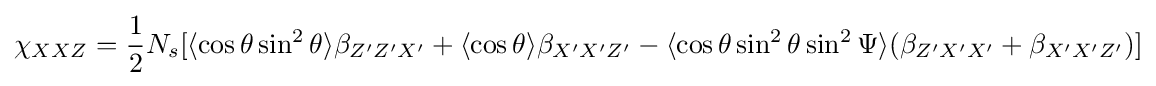
\chi _{XXZ}={\frac {1}{2}}N_{s}[\langle \cos \theta \sin ^{2}\theta \rangle \beta _{Z'Z'X'}+\langle \cos \theta \rangle \beta _{X'X'Z'}-\langle \cos \theta \sin ^{2}\theta \sin ^{2}\Psi \rangle (\beta _{Z'X'X'}+\beta _{X'X'Z'})]